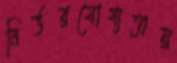
নির্ভরযোগ্যতায়